Annual report of the Punjab Veterinary College and of the Civil Veterinary Department, Punjab - 1909-1919
Year: 1909
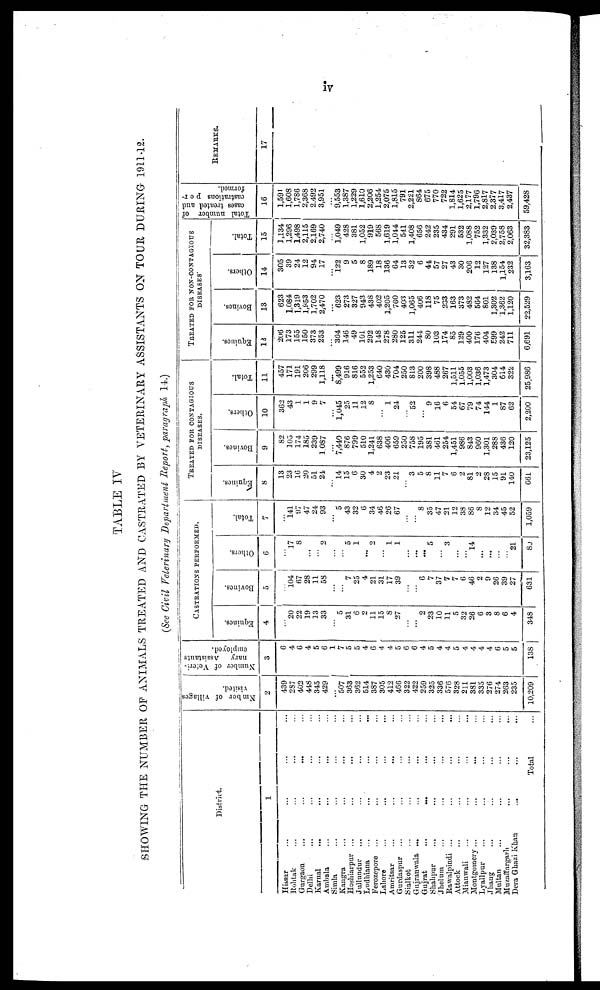
iv
TABLE IV
SHOWING THE NUMBER OF ANIMALS TREATED AND CASTRATED BY VETERINARY ASSISTANTS ON TOUR DURING 1911-12.
(See Civil Veterinary Department Report, paragraph 14.)
District.
1
Hissar ... ... ... ...
Rohtak ... ... ... ...
Gurgaon ... ... ... ...
Delhi ... ... ... ...
Karnal ... ... ... ...
Ambala ... ... ... ...
Simla ... ... ... ...
Kangra ... ... ... ...
Hoshiarpur ... ... ... ...
Jullundur ... ... ... ...
Ludhiana ... ... ... ...
Ferozepore ... ... ... ...
Lahore ... ... ... ...
Amritsar ... ... ... ...
Gurdaspur ... ... ... ...
Sialkot ... ... ... ...
Gujranwala ... ... ... ...
Gujrat
...
...
...
Shahpur ... ... ... ...
Jhelum ... ... ... ...
Rawalpindi ... ... ... ...
Attock ... ... ... ...
Mianwali ... ... ... ...
Montgomery ... ... ... ...
Lyallpur ... ... ... ...
Jhang ... ... ... ...
Multan ... ... ... ...
Muzaffargarh ... ... ... ...
Dora Ghazi Khan ... ... ...
Total ...
Nmber
of villages
visited.
2
439
287
402
448
345
429
...
507
363
362
514
387
305
412
466
322
422
259
325
336
576
328
211
381
335
276
274
263
235
10,209
Number of Veteri-
nary
Assistants
employed.
3
6
4
6
4
5
6
1
7
5
5
4
6
4
4
5
6
6
4
5
4
4
5
4
4
4
4
6
5
5
138
CASTRATIONS PERFORMED.
Equines.
4
...
20
22
19
13
33
...
5
31
6
2
11
15
8
27
...
...
2
23
10
11
5
32
26
6
3
8
6
4
348
Bovines.
5
...
104
67
28
11
58
...
...
7
25
4
21
31
17
39
...
...
6
7
37
7
7
6
46
2
9
26
39
27
631
Others.
6
...
17
8
...
...
2
...
...
5
1
...
2
...
1
1
...
...
...
5
...
3
...
...
14
...
...
...
...
21
80
Total.
7
...
l41
97
47
24
93
...
5
43
32
6
34
46
26
67
...
...
8
35
47
21
12
38
86
8
12
34
45
52
1,059
TREATED FOR NON-CONTAGIOUS
DISEASES.
Equines.
8
13
23
16
20
51
24
... 14
15
6
30
4
2
23
21
...
3
5
8
11
7
6
2
81
2
28
15
91
140
661
Bovines.
9
82
105
174
185
239
1,087
... 7,440
876
799
510
1,241
638
406
659
250
758
195
381
461
254
1,451
986
843
960
1,301
288
436
120
23,125
Others.
10
362
43
1
1
9
7
... 1,045
25
11
12
8
...
1
24
...
52
...
9
16
6
54
67
79
74
144
1
87
62
2,200
Total.
11
457
171
191
206
299
1,118
...
8,499
916
816
552
1,253
640
430
704
250
813
200
398
488
267
1,511
1,055
1,003
1,036
1,473
304
614
322
25,986
TREATED FOR NON-COTAGIOUS
DISEASES.
Equines.
12
206
173
155
150
373
253
... 304
146
49
101
292
148
278
280
125
311
244
80
103
174
85
129
400
176
404
599
242
711
6,691
Bovines.
13
623
1.084
1,319
1,953
1,702
2,470
... 623
273
327
943
438
402
1,205
760
403
1,065
406
118
75
233
163
373
482
564
801
1,302
1,362
1,120
22,529
Others.
14
305
39
24
12
94
17
... 122
9
5
8
189
18
136
64
13
32
6
44
57
27
43
30
206
12
127
138
1,154
232
3,163
Total.
15
1,134
1,296
1,498
2,115
2,169
2,740
... 1,049
428
381
1,052
919
568
1,619
1,044
541
1,408
656
242
235
434
291
532
1,088
752
1,332
2,039
2,758
2,063
32,383
Total number of
cases treated and
castrations per-
formed.
16
1,591
1,608
1,786
2,368
2.492
3,951
... 9,553
1,387
1,229
1,610
2,206
1,254
2,075
1,815
791
2,221
864
675
770
722
1,814
1,625
2,177
1,796
2,817
2.377
3,417
2,437
59,428
REMARKS.
17